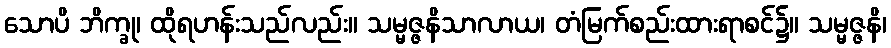
သောပိ ဘိက္ခု၊ ထိုရဟန်းသည်လည်း။ သမ္မဇ္ဇနိသာလာယ၊ တံမြက်စည်းထားရာစင်၌။ သမ္မဇ္ဇနိ၊